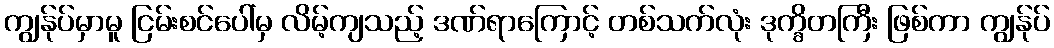
ကျွန်ုပ်မှာမူ ငြမ်းစင်ပေါ်မှ လိမ့်ကျသည့် ဒဏ်ရာကြောင့် တစ်သက်လုံး ဒုက္ခိတကြီး ဖြစ်ကာ ကျွန်ုပ်